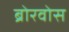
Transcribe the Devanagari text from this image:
ब्रोरवोस